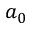
a _ { 0 }